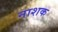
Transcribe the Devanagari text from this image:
नाश्‍ाक